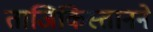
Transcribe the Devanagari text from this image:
ताजिकिस्तानने